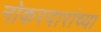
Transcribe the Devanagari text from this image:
नोकरदारांच्या